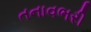
તનાવભરી